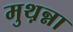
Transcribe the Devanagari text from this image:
मुथ़न्ना